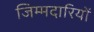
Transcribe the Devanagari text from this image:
जिम्मदारियों